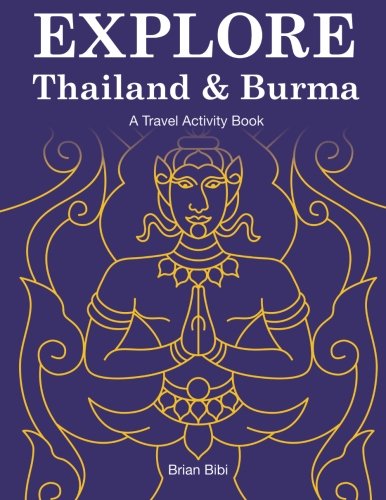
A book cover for Explore Thailand & Burma: A Travel Activity Book (Explore Books); Mr. Brian Bibi; Travel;